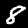
Label: 8